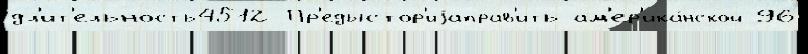
дл'ит'ельность4512 Пр'едыстор'иjаправ'ить ам'ер'ика́нской 96